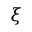
\xi